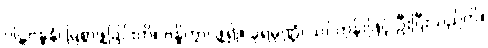
ဂါဠှဗန္ဓနံ၊ မြဲစွာဖွဲ့ခြင်းကို။ ဗန္ဓိတွာ၊ ဖွဲ့၍။ ခုရမုဏ္ဍံ၊ သင်တုန်းဖြင့် ဦးပြီးသည်ကို။